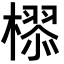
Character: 𣚉